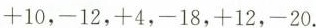
+10，-12，+4，-18，+12，-20.